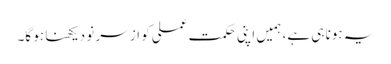
یہ ہونا ہی ہے، ہمیں اپنی حکمت عملی کو از سرِ نو دیکھنا ہو گا۔